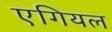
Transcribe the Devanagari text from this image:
एगियल